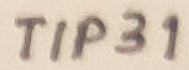
Text: TIP31